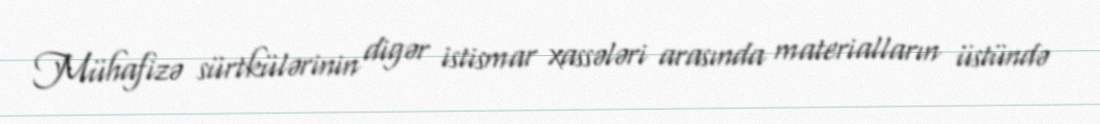
Mühafizə sürtkülərinin digər istismar xassələri arasında materialların üstündə